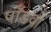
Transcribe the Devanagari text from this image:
पाँडवों